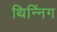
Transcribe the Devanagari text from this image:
थिन्निंग